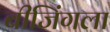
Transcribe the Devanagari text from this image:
बीजिंगला